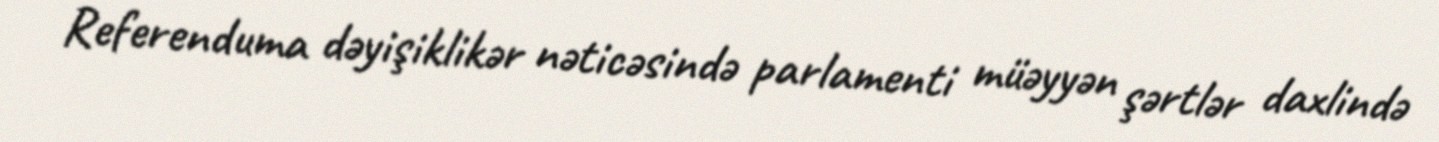
Referenduma dəyişiklikər nəticəsində parlamenti müəyyən şərtlər daxlində